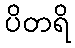
ပိတရိ